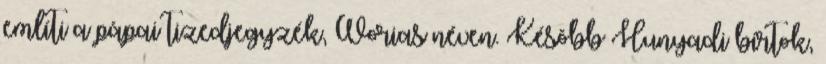
említi a pápai tizedjegyzék, Worias néven. Késõbb Hunyadi birtok,